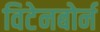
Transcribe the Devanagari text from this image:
विटेनबोर्न